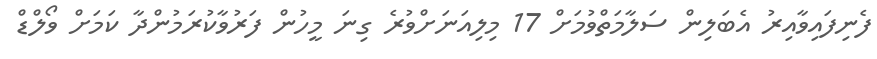
ފެނިފައިވާއިރު އެބަލިން ސަލާމަތްވުމަށް 17 މިލިއަނަށްވުރެ ގިނަ މީހުން ފަރުވާކުރަމުންދާ ކަމަށް ވޯލްޑް